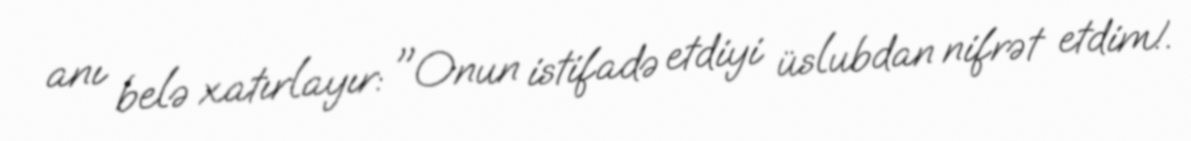
anı belə xatırlayır: "Onun istifadə etdiyi üslubdan nifrət etdim!.